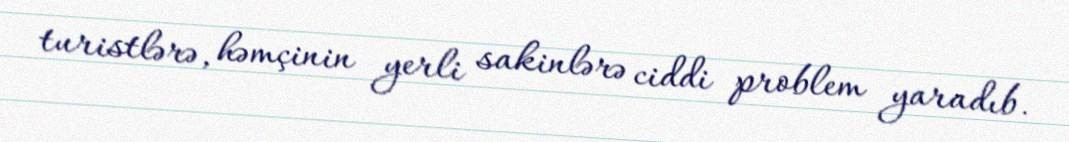
turistlərə, həmçinin yerli sakinlərə ciddi problem yaradıb.